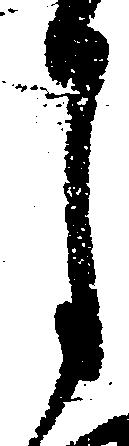
月